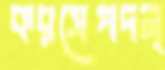
করসেপদন্